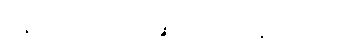
ဝန်ထုပ်တခုကို ဆွဲငင်ထားနိုင်သည်။